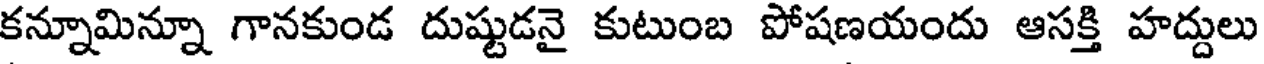
కన్నూమిన్నూ గానకుండ దుష్టుడనై కుటుంబ పోషణయందు ఆసక్తి హద్దులు